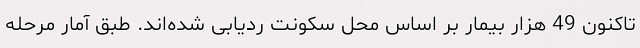
تاکنون 49 هزار بیمار بر اساس محل سکونت ردیابی شده‌اند. طبق آمار مرحله